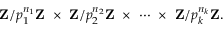
\mathbf { Z } / p _ { 1 } ^ { n _ { 1 } } \mathbf { Z } \ \times \ \mathbf { Z } / p _ { 2 } ^ { n _ { 2 } } \mathbf { Z } \ \times \ \cdots \ \times \ \mathbf { Z } / p _ { k } ^ { n _ { k } } \mathbf { Z } .